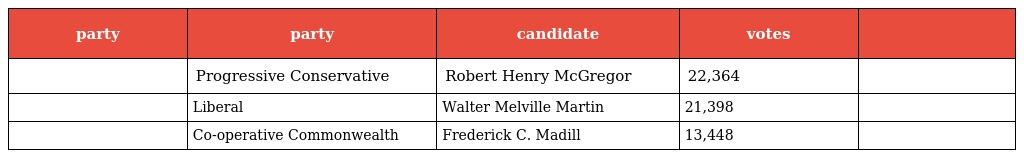
| party | party | candidate | votes |  |
 | --- | --- | --- | --- | --- |
 |  | Progressive Conservative | Robert Henry McGregor | 22,364 |  |
 |  | Liberal | Walter Melville Martin | 21,398 |  |
 |  | Co-operative Commonwealth | Frederick C. Madill | 13,448 |  |